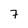
Character: 7